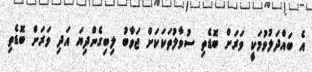
އެ ބައްދަލުވުމަކީ ވަރަށް ބޮޑެތި ސުވާލުތަކަކަށް ޖަވާބު ލިބިގެންދިޔަ އަދި ވަރަށް ބޮޑެތި